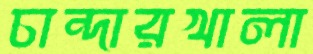
চান্দারখালা